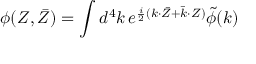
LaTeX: \phi ( Z , \bar { Z } ) = { \int { d ^ { 4 } k } } \, e ^ { \frac { i } { 2 } ( k { \cdot } \bar { Z } + \bar { k } { \cdot } Z ) } \tilde { \phi } ( k )